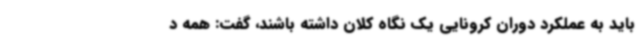
باید به عملکرد دوران کرونایی یک نگاه کلان داشته باشند، گفت: همه د